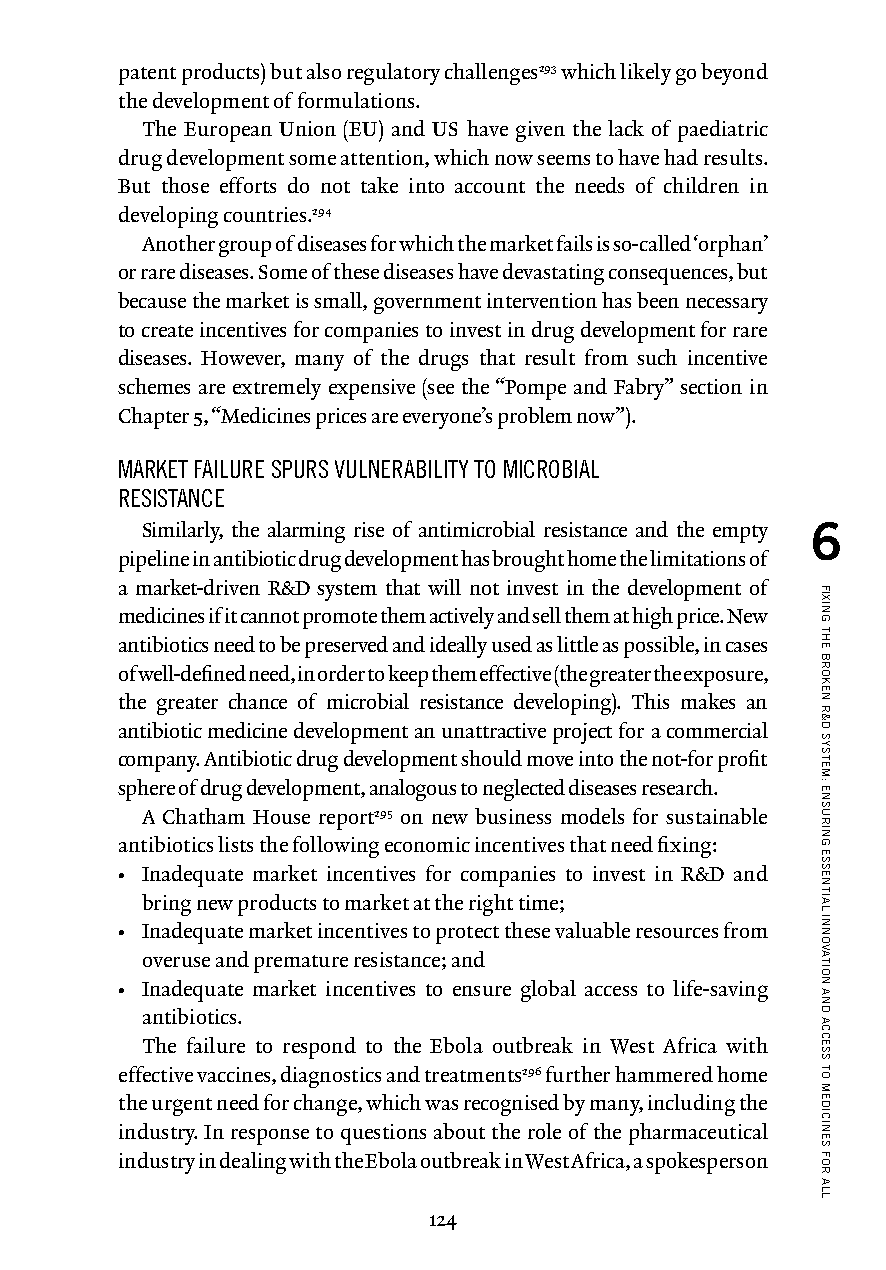
patent products) but also regulatory challenges293 which likely go beyond
 the development of formulations.
 The European Union (EU) and US have given the lack of paediatric
 drug development some attention, which now seems to have had results.
 But those efforts do not take into account the needs of children in
 developing countries.294
 Another group of diseases for which the market fails is so-called ‘orphan’
 or rare diseases. Some of these diseases have devastating consequences, but
 because the market is small, government intervention has been necessary
 to create incentives for companies to invest in drug development for rare
 diseases. However, many of the drugs that result from such incentive
 schemes are extremely expensive (see the “Pompe and Fabry” section in
 Chapter 5, “Medicines prices are everyone’s problem now”).
 MARKET FAILURE SPURS VULNERABILITY TO MICROBIAL
 RESISTANCE
 Similarly, the alarming rise of antimicrobial resistance and the empty 6
 pipeline in antibiotic drug development has brought home the limitations of
 a market-driven R&D system that will not invest in the development of
 medicines if it cannot promote them actively and sell them at high price. New
 antibiotics need to be preserved and ideally used as little as possible, in cases
 of well-defined need, in order to keep them effective (the greater the exposure,
 the greater chance of microbial resistance developing). This makes an
 antibiotic medicine development an unattractive project for a commercial
 company. Antibiotic drug development should move into the not-for profit
 sphere of drug development, analogous to neglected diseases research.
 A Chatham House report295 on new business models for sustainable
 antibiotics lists the following economic incentives that need fixing:
 • Inadequate market incentives for companies to invest in R&D and
 bring new products to market at the right time;
 • Inadequate market incentives to protect these valuable resources from
 overuse and premature resistance; and
 • Inadequate market incentives to ensure global access to life-saving
 antibiotics.
 The failure to respond to the Ebola outbreak in West Africa with
 effective vaccines, diagnostics and treatments296 further hammered home
 the urgent need for change, which was recognised by many, including the
 industry. In response to questions about the role of the pharmaceutical
 industry in dealing with the Ebola outbreak in West Africa, a spokesperson
 124
 FIXING
 THE
 BROKEN
 R&D
 SYSTEM:
 ENSURING
 ESSENTIAL
 INNOVATION
 AND
 ACCESS
 TO
 MEDICINES
 FOR
 ALL